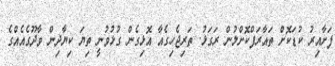
ފަށާއިރު ކުޑަކޮށް ތައާރަފްކޮށްލުން ރަގަޅު. ތަރިޖެހިގެއާ އޮޅިގެން ގުޅުވުނީ ތިޔަ ކިޔާދިން ވާދޫގެއެއްގެ